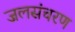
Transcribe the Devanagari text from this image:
जलसंचरण